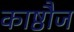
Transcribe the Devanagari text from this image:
काष्ठौज